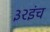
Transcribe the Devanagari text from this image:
३२इंच